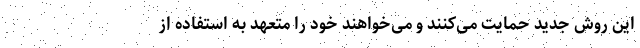
این روش جدید حمایت می‌کنند و می‌خواهند خود را متعهد به استفاده از